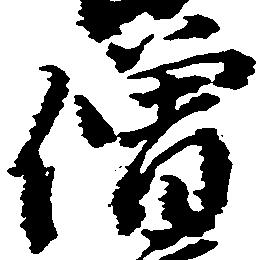
僧